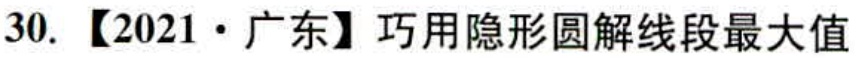
30. 【2021·广东】巧用隐形圆解线段最大值